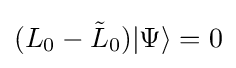
(L_{0}-{\tilde {L}}_{0})|\Psi \rangle =0